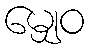
မျှေဝ